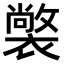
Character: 𧝟